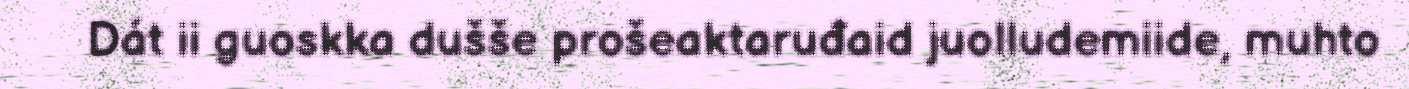
Dát ii guoskka dušše prošeaktaruđaid juolludemiide, muhto